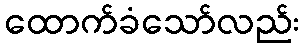
ထောက်ခံသော်လည်း